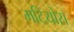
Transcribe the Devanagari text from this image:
मटियोस